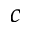
c